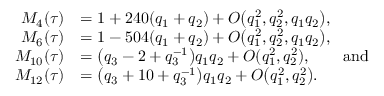
\begin{array} { r l } { M _ { 4 } ( \tau ) } & { = 1 + 2 4 0 ( q _ { 1 } + q _ { 2 } ) + O \bigl ( q _ { 1 } ^ { 2 } , q _ { 2 } ^ { 2 } , q _ { 1 } q _ { 2 } \bigr ) , } \\ { M _ { 6 } ( \tau ) } & { = 1 - 5 0 4 ( q _ { 1 } + q _ { 2 } ) + O \bigl ( q _ { 1 } ^ { 2 } , q _ { 2 } ^ { 2 } , q _ { 1 } q _ { 2 } \bigr ) , } \\ { M _ { 1 0 } ( \tau ) } & { = \bigl ( q _ { 3 } - 2 + q _ { 3 } ^ { - 1 } \bigr ) q _ { 1 } q _ { 2 } + O ( q _ { 1 } ^ { 2 } , q _ { 2 } ^ { 2 } ) , \qquad \mathrm { a n d } } \\ { M _ { 1 2 } ( \tau ) } & { = \bigl ( q _ { 3 } + 1 0 + q _ { 3 } ^ { - 1 } \bigr ) q _ { 1 } q _ { 2 } + O \bigl ( q _ { 1 } ^ { 2 } , q _ { 2 } ^ { 2 } \bigr ) . } \end{array}